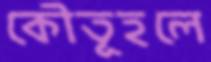
কৌতূহলে